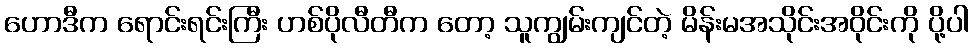
ဟောဒီက ရောင်းရင်းကြီး ဟစ်ပိုလီတီက တော့ သူကျွမ်းကျင်တဲ့ မိန်းမအသိုင်းအဝိုင်းကို ပို့ပါ